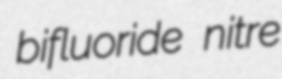
bifluoride nitre